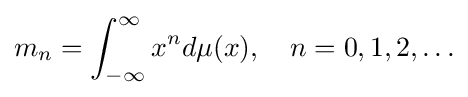
m_{n}=\int _{-\infty }^{\infty }x^{n}d\mu (x),\quad n=0,1,2,\ldots